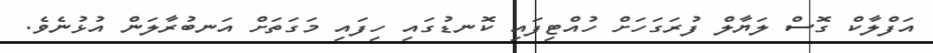
އަފްލާކް ގޮސް ލަޔާލް ފުރަގަހަށް ހުއްޓިފައި ކޮނޑުގައި ހިފައި މަގަތަށް އަނބުރާލަން އުޅުނެވެ.